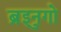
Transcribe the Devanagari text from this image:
ब्रुइनगो